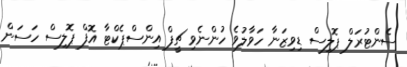
ސެންޓުރަލް ޕޮލިސް ޑިވިޒަނާ ހަވާލުވެ ހުންނެވި ޗީފް އިންސްޕެކްޓާ އޮފް ޕޮލިސް ހަސަން